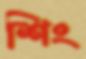
শিং